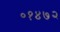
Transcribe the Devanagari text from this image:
०१४७२